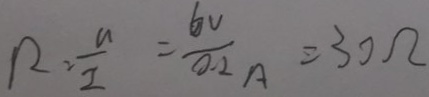
R = \frac { u } { I } = \frac { 6 V } { 0 . 2 A } = 3 0 \Omega